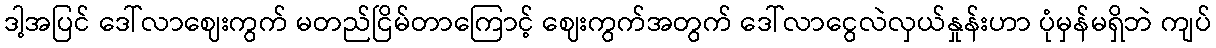
ဒါ့အပြင် ဒေါ်လာဈေးကွက် မတည်ငြိမ်တာကြောင့် ဈေးကွက်အတွက် ဒေါ်လာငွေလဲလှယ်နှုန်းဟာ ပုံမှန်မရှိဘဲ ကျပ်